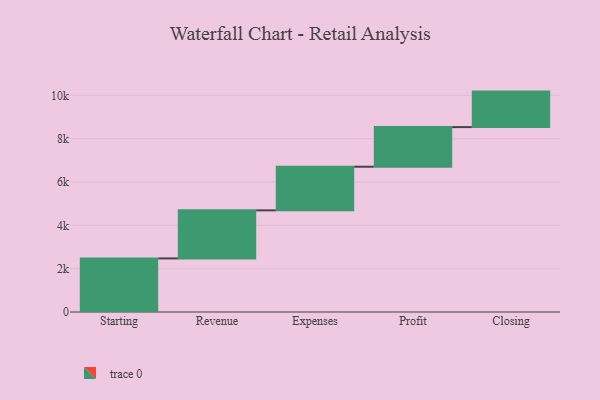
{"axis": {"x": "Step", "y": "Value"}, "legend": [""], "data": [{"x": "Starting", "y": 2473.0, "type": ""}, {"x": "Revenue", "y": 2220.0, "type": ""}, {"x": "Expenses", "y": 2014.0, "type": ""}, {"x": "Profit", "y": 1829.0, "type": ""}, {"x": "Closing", "y": 1639.0, "type": ""}]}